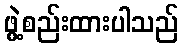
ဖွဲ့စည်းထားပါသည်